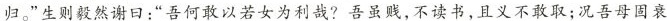
归。”生则毅然谢曰：”吾何敢以若女为利哉?吾虽贱，不读书，且义不敢取；况吾母固衰